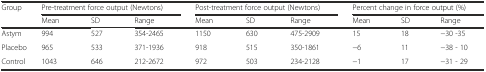
<table><thead><tr><td rowspan="2"><b>Group</b></td><td colspan="3"><b>Pre-treatment force output (Newtons)</b></td><td colspan="3"><b>Post-treatment force output (Newtons)</b></td><td colspan="3"><b>Percent change in force output (%)</b></td></tr><tr><td><b>Mean</b></td><td><b>SD</b></td><td><b>Range</b></td><td><b>Mean</b></td><td><b>SD</b></td><td><b>Range</b></td><td><b>Mean</b></td><td><b>SD</b></td><td><b>Range</b></td></tr></thead><tbody><tr><td>Astym</td><td>994</td><td>527</td><td>354-2465</td><td>1150</td><td>630</td><td>475-2909</td><td>15</td><td>18</td><td>−30 -35</td></tr><tr><td>Placebo</td><td>965</td><td>533</td><td>371-1936</td><td>918</td><td>515</td><td>350-1861</td><td>−6</td><td>11</td><td>−38 - 10</td></tr><tr><td>Control</td><td>1043</td><td>646</td><td>212-2672</td><td>972</td><td>503</td><td>234-2128</td><td>−1</td><td>17</td><td>−31 - 29</td></tr></tbody></table>